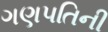
ગણપતિની